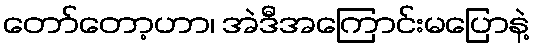
တော်တော့ဟာ၊ အဲဒီအကြောင်းမပြောနဲ့